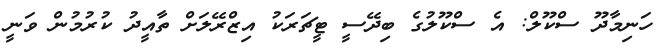
ހަނިމާދޫ ސްކޫލް: އެ ސްކޫލުގެ ބިދޭސީ ޓީޗަރަކު އިޒްރޭލަށް ތާއީދު ކުުރުމުން ވަނީ